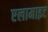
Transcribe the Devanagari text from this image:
एलामाइट